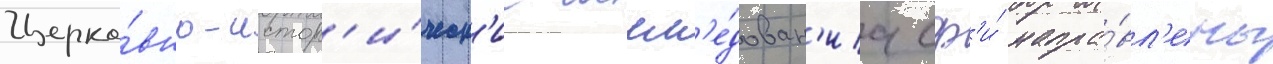
Церко́вно-истор'и́ческ'ие иссл'е́дован'иа сф'и́ напра́вл'ены